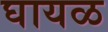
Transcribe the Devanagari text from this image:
घायळ